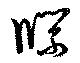
牒